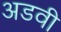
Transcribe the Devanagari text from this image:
अडवी